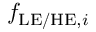
f _ { \mathrm { L E / H E } , i }